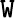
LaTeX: \mathtt{W}